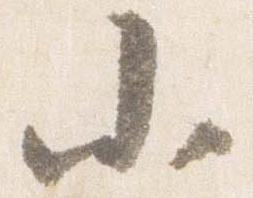
小